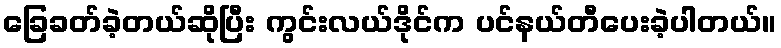
ခြေခတ်ခဲ့တယ်ဆိုပြီး ကွင်းလယ်ဒိုင်က ပင်နယ်တီပေးခဲ့ပါတယ်။